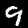
Digit: 9